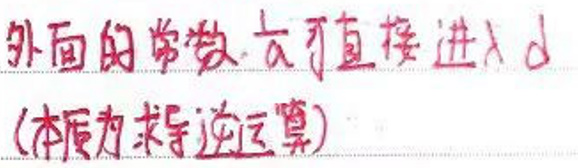
外面的常数$\frac{1}{a}$可直接进入d（本质为求导逆运算）